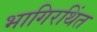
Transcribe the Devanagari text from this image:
भागिरथिंत